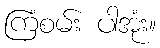
ကြံစမ်း ပါအုံး။